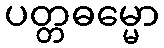
ပတ္တဓမ္မော